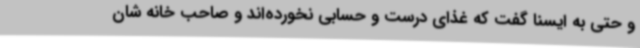
و حتی به ایسنا گفت که غذای درست و حسابی نخورده‌اند و صاحب خانه شان